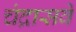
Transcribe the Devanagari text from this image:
चंद्रासवे